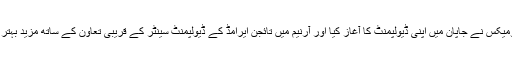
اینڈیومیکس نے جاپان میں اپنی ڈیولپمنٹ کا آغاز کیا اور آرنیم میں تائجن ایرامڈ کے ڈیولپمنٹ سینٹر کے قریبی تعاون کے ساتھ مزید بہتر بنایا۔